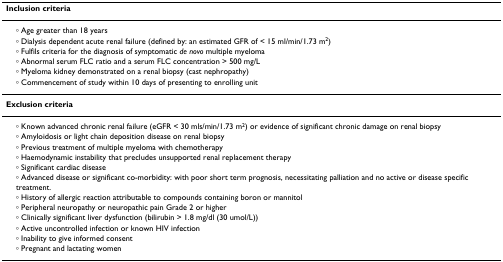
| Inclusion criteria |
 | --- |
 | ∘ Age greater than 18 years |
 | ∘ Dialysis dependent acute renal failure (defined by: an estimated GFR of < 15 ml/min/1.73 m2) |
 | ∘ Fulfils criteria for the diagnosis of symptomatic de novo multiple myeloma |
 | ∘ Abnormal serum FLC ratio and a serum FLC concentration > 500 mg/L |
 | ∘ Myeloma kidney demonstrated on a renal biopsy (cast nephropathy) |
 | ∘ Commencement of study within 10 days of presenting to enrolling unit |
 | Exclusion criteria |
 | ∘ Known advanced chronic renal failure (eGFR < 30 mls/min/1.73 m2) or evidence of significant chronic damage on renal biopsy |
 | ∘ Amyloidosis or light chain deposition disease on renal biopsy |
 | ∘ Previous treatment of multiple myeloma with chemotherapy |
 | ∘ Haemodynamic instability that precludes unsupported renal replacement therapy |
 | ∘ Significant cardiac disease |
 | ∘ Advanced disease or significant co-morbidity: with poor short term prognosis, necessitating palliation and no active or disease specific treatment. |
 | ∘ History of allergic reaction attributable to compounds containing boron or mannitol |
 | ∘ Peripheral neuropathy or neuropathic pain Grade 2 or higher |
 | ∘ Clinically significant liver dysfunction (bilirubin > 1.8 mg/dl (30 umol/L)) |
 | ∘ Active uncontrolled infection or known HIV infection |
 | ∘ Inability to give informed consent |
 | ∘ Pregnant and lactating women |